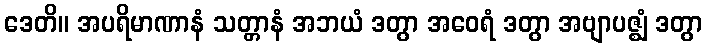
ဒေတိ။ အပရိမာဏာနံ သတ္တာနံ အဘယံ ဒတွာ အဝေရံ ဒတွာ အဗျာပဇ္ဈံ ဒတွာ